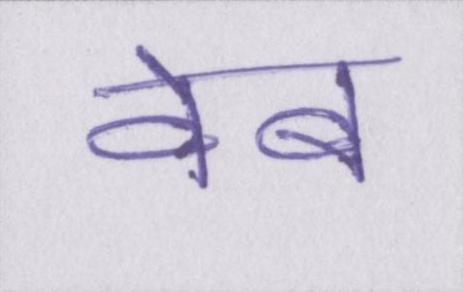
वेब